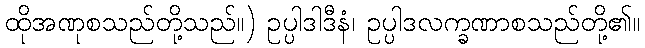
ထိုအဏုစသည်တို့သည်။) ဥပ္ပါဒါဒီနံ၊ ဥပ္ပါဒလက္ခဏာစသည်တို့၏။